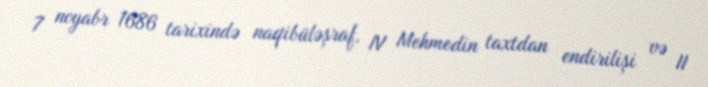
7 noyabr 1686 tarixində naqibüləşraf, IV Mehmedin taxtdan endirilişi və II